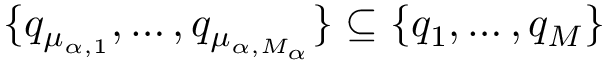
\{ q _ { \mu _ { \alpha , 1 } } , \dots , q _ { \mu _ { \alpha , M _ { \alpha } } } \} \subseteq \{ q _ { 1 } , \dots , q _ { M } \}